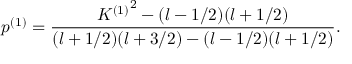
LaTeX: p ^ { ( 1 ) } = \frac { { K ^ { ( 1 ) } } ^ { 2 } - ( l - 1 / 2 ) ( l + 1 / 2 ) } { ( l + 1 / 2 ) ( l + 3 / 2 ) - ( l - 1 / 2 ) ( l + 1 / 2 ) } .